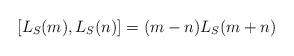
LaTeX: \begin{align*}[L_S(m),L_S(n)] = (m-n)L_S(m+n)\end{align*}